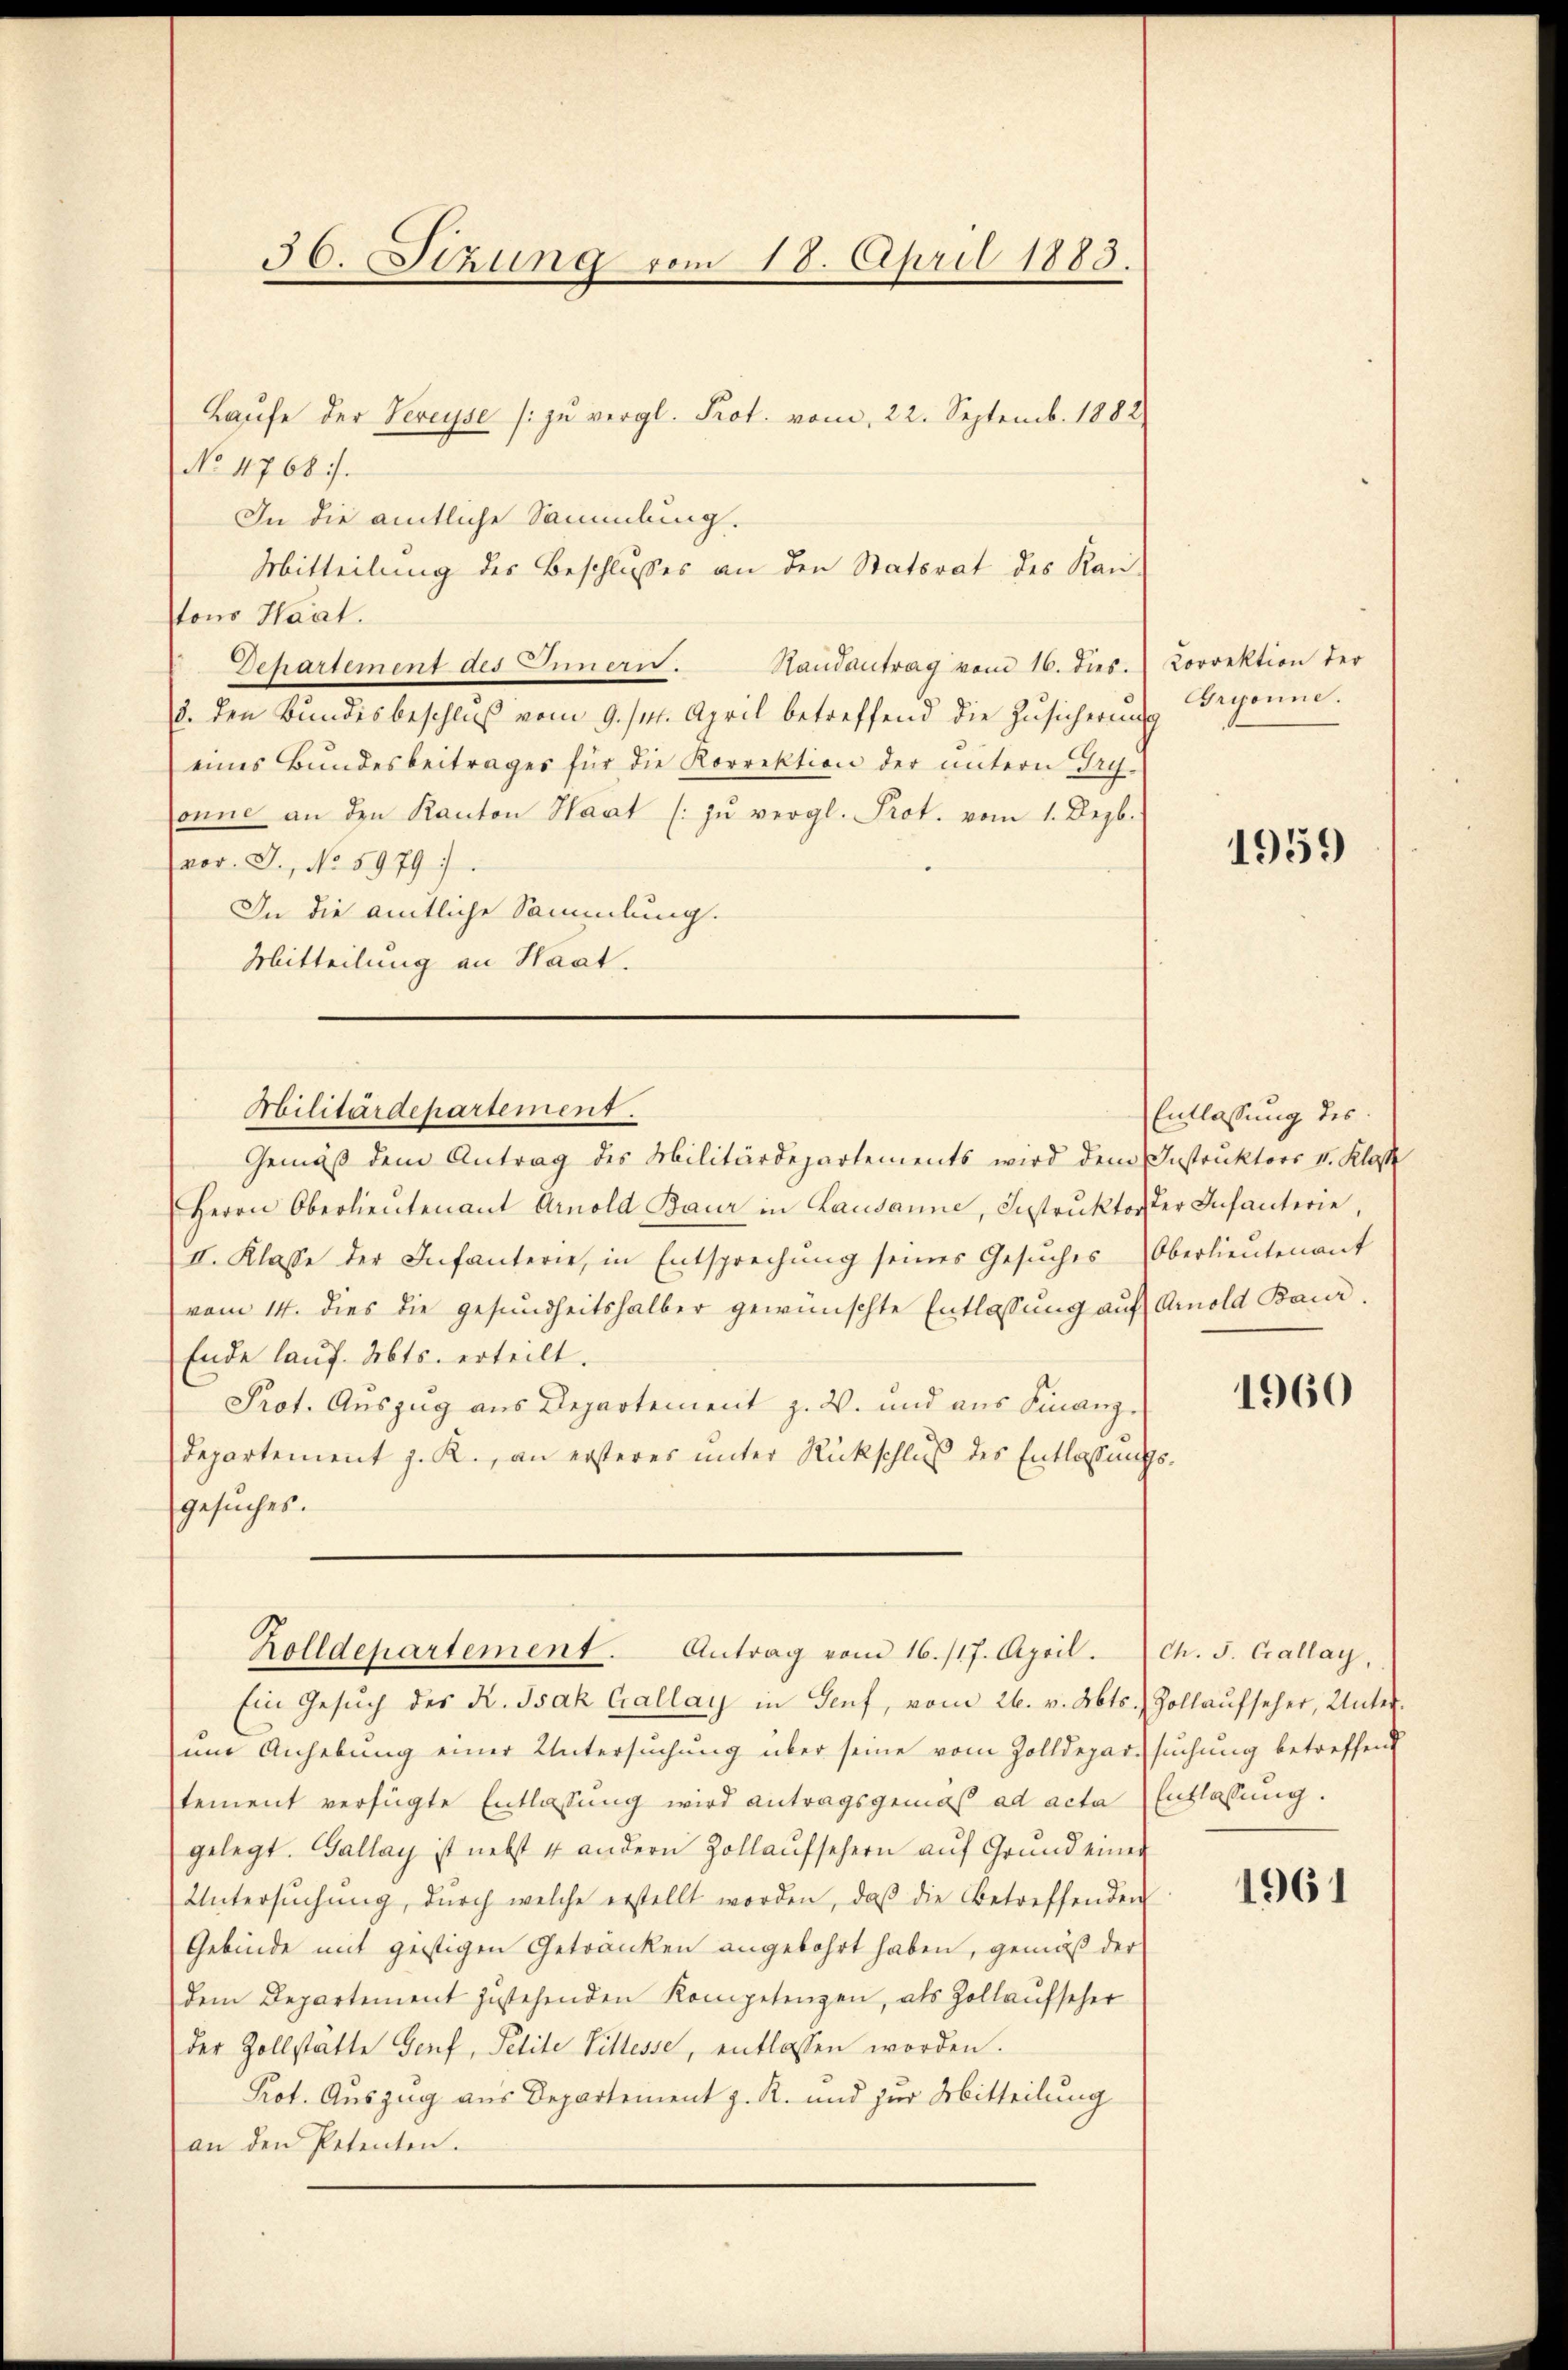
36. Sizung vom 18. April 1883.

No 1768.
In die amtliche Sammlung.
Mitteilung des Beschlusses an den Statsrat des Kan-
tons Haat.
Randantrag vom 16. dies.
Dehartement des Inner.
8. den Bundesbeschlŭβ vom 9. /M. April betreffend die Zŭsicherung Gryonne.
eines Bundesbeitrages für die Korrektion der untern Try-
onne an den Kanton Haut (: zŭ vergl. Prot. vom 1. Dezb.
vor. J., No 5979 1
In die amtliche Sammlung.
Mitteilung an Haat.
Herrn Oberlieŭtenant Arnold Baur in Lausanne, Instruktor der Infanterie
II. Klasse der Infanterie, in Entsprechŭng seines Gesŭches Oberlieŭtenant
vom 14. dies die gesundheitshalber gewünschte Entlassŭng auf Amold Baur
Ende lauf. Mts. erteilt.
Prot. Auszug aus Departement z. W. und aus Finanz¬
Departement z. R., an ersteres unter Rückschluß des Entlassung
gesuches.
Zolldepartement. Antrag vom 16./17. April. Sch. S. Callay,
Ein Gesŭch des K. Isak Callay in Genf, vom 26. v. Mts. Zollaufseher, Untereie Anhebung einer Untersuchung über seine vom Zolldeparsuchung betreffend
tement verfügte Entlassung wird antragsgemäß ad acta Entlassung.
gelegt. Gallay ist nebst 4 andern Zollaŭfsehern aŭf Grŭnd einer
Untersŭchŭng, dŭrch welche erstellt worden, daβ die Betreffenden
Gebinde mit geistigen Getränken angebohrt haben, gemäß der
dem Departement zustehenden Kompetenzen, als Zollaufseher
der Zollstätte Genf, Petite Sittesse, entlassen worden.
Prot. Auszug aus Departement z. R. und zur Mitteilung
an den Petenten.

Laŭfe der Vereise zŭ vergl. Prot. vom 22. Septemb. 1882

Militärdepartement.
Gemäß dem Antrag des Militärdepartements wird dem Instruktors II. Klasse

Correktion der

1959

Entlassung des

1960

1961